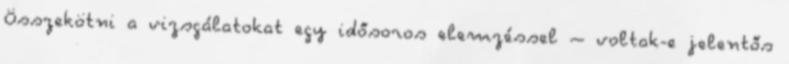
Összekötni a vizsgálatokat egy idősoros elemzéssel – voltak-e jelentős